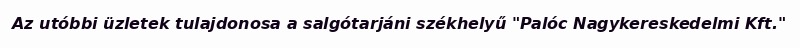
Az utóbbi üzletek tulajdonosa a salgótarjáni székhelyű "Palóc Nagykereskedelmi Kft."